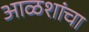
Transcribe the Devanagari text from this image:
आळशांचा